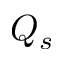
Q _ { s }